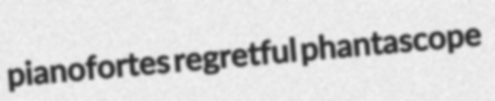
pianofortes regretful phantascope